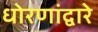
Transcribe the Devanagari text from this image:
धोरणांद्वारे